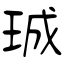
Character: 珹